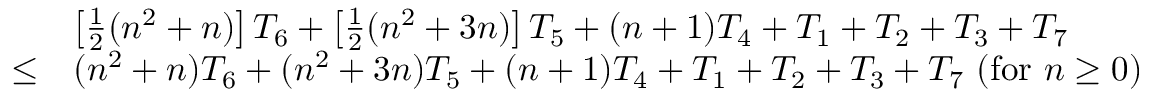
{ \begin{array} { r l } & { \left[ { \frac { 1 } { 2 } } ( n ^ { 2 } + n ) \right] T _ { 6 } + \left[ { \frac { 1 } { 2 } } ( n ^ { 2 } + 3 n ) \right] T _ { 5 } + ( n + 1 ) T _ { 4 } + T _ { 1 } + T _ { 2 } + T _ { 3 } + T _ { 7 } } \\ { \leq } & { ( n ^ { 2 } + n ) T _ { 6 } + ( n ^ { 2 } + 3 n ) T _ { 5 } + ( n + 1 ) T _ { 4 } + T _ { 1 } + T _ { 2 } + T _ { 3 } + T _ { 7 } \ ( { \mathrm { f o r ~ } } n \geq 0 ) } \end{array} }